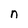
Character: n